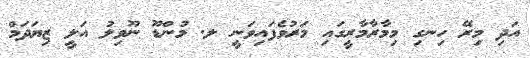
އަދި މިރޭ ހިނގި މިމާރާާމާރީގައި މަރުވެފައިވަނީ ލ. މުންޑޫ ނޫވިލު އަލީ ޒިޔަދަމް